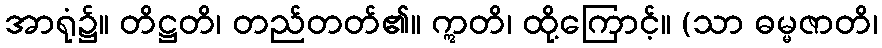
အာရုံ၌။ တိဋ္ဌတိ၊ တည်တတ်၏။ ဣတိ၊ ထို့ကြောင့်။ (သာ ဓမ္မဇာတိ၊